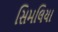
સિમલિયા